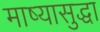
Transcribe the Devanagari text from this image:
माष्यासुद्धा